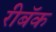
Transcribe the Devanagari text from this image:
रीबॅक